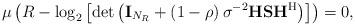
LaTeX: \begin{align*}\mu\left({R}-\log_2\left[\det\left(\mathbf{I}_{N_R}+\left(1-\rho\right)\sigma^{-2}\mathbf{H}\mathbf{S}\mathbf{H}^{\rm H}\right)\right]\right)=0,\end{align*}